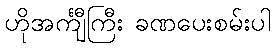
ဟိုအင်္ကျီကြီး ခဏပေးစမ်းပါ